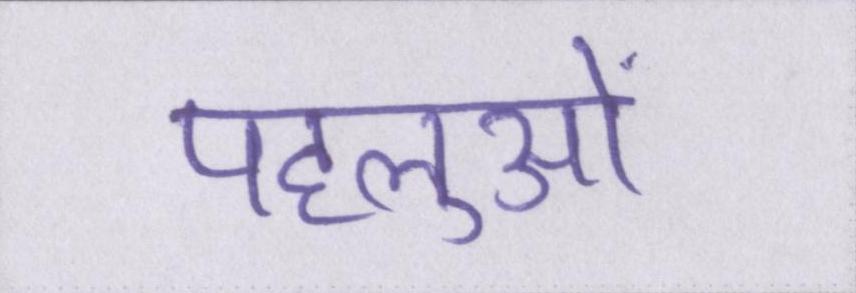
पहलुओं